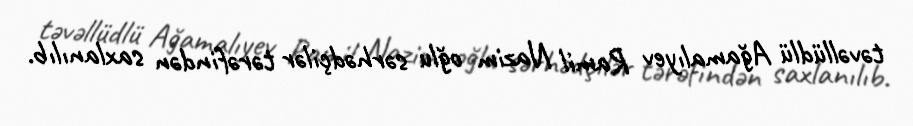
təvəllüdlü Ağamalıyev Ramil Nazim oğlu sərhədçilər tərəfindən saxlanılıb.